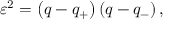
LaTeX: \varepsilon ^ { 2 } = \left( q - q _ { + } \right) \left( q - q _ { - } \right) ,